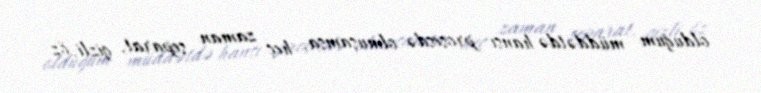
olduğum müddətdə hansı prosesdə olmuşamsa, heç zaman separat, gizli, öz